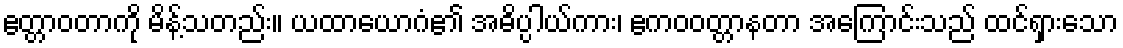
ဧတ္တာဝတာကို မိန့်သတည်း။ ယထာယောဂံ၏ အဓိပ္ပါယ်ကား၊ ဧကဝဝတ္တာနတာ အကြောင်းသည် ထင်ရှားသော